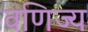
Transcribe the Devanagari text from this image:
वणिज्य